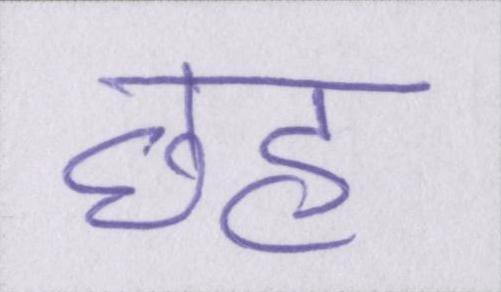
छह